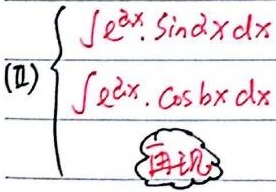
(II)\[
\begin{align*}
&\int 2^{x}\cdot \sin xdx\\
&\int 2^{x}\cdot \cos xdx\\
&\text{再现}
\end{align*}
\]